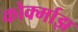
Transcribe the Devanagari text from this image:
कोर्क्माझ